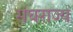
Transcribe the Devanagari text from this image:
संघराज्‍य